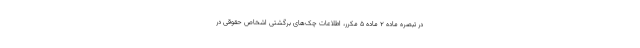
در تبصره ماده ۲ ماده ۵ مکرر، اطلاعات چک‌های برگشتی اشخاص حقوقی در